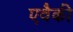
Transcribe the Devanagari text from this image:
एवैकी